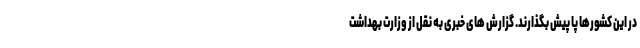
در این کشورها پا پیش بگذارند. گزارش های خبری به نقل از وزارت بهداشت